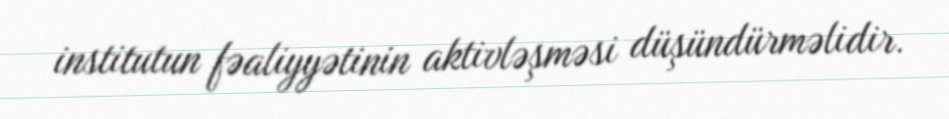
institutun fəaliyyətinin aktivləşməsi düşündürməlidir.